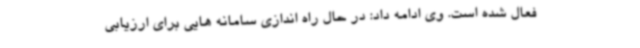
فعال شده است. وی ادامه داد: در حال راه اندازی سامانه هایی برای ارزیابی